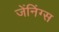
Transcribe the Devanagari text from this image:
जेंनिंग्स